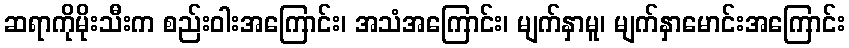
ဆရာကိုမိုးသီးက စည်းဝါးအကြောင်း၊ အသံအကြောင်း၊ မျက်နှာမူ၊ မျက်နှာမောင်းအကြောင်း